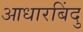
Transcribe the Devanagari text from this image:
आधारबिंदु